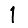
Digit: 1